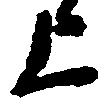
上